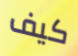
كيف